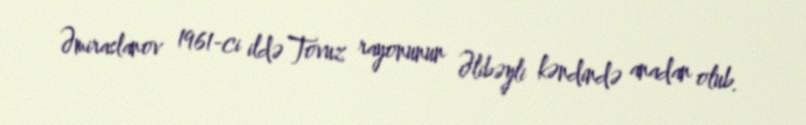
Əmiraslanov 1961-ci ildə Tovuz rayonunun Əlibəyli kəndində anadan olub.